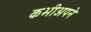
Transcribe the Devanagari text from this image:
कभीअपने